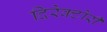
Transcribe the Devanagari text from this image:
दिरेक्टोरी